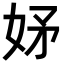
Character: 𭑴